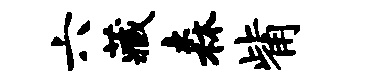
六藏森觜